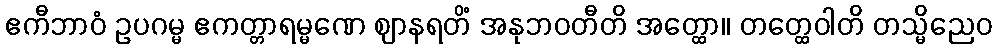
ဧကီဘာဝံ ဥပဂမ္မ ဧကတ္တာရမ္မဏေ ဈာနရတိံ အနုဘဝတီတိ အတ္ထော။ တတ္ထေဝါတိ တသ္မိညေဝ